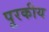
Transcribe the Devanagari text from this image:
पूरकीय